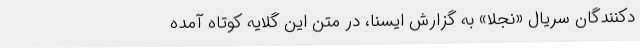
دکنندگان سریال «نجلا» به گزارش ایسنا، در متن این گلایه‌ کوتاه آمده